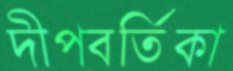
দীপবর্তিকা